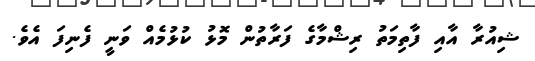
ޝިއުރާ އާއި ފާތިމަތު ރިޝްމާގެ ފަރާތުން މޮޅު ކުޅުމެއް ވަނީ ފެނިފަ އެވެ.